Scottish Leaving Certificate Examination, 1955
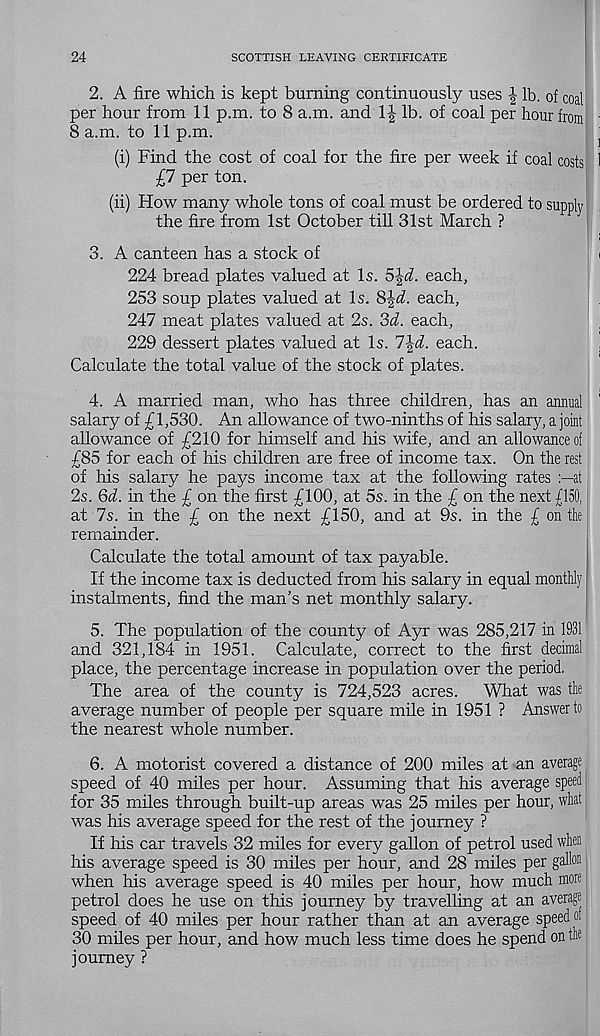
24
SCOTTISH LEAVING CERTIFICATE
2. A fire which is kept burning continuously uses | lb. of coal
per hour from 11 p.m. to 8 a.m. and 1| lb. of coal per hour from
8 a.m. to 11 p.m.
]
(i) Find the cost of coal for the fire per week if coal costs 1
£7 per ton.
(ii) How many whole tons of coal must be ordered to supply
the fire from 1st October till 31st March ?
3. A canteen has a stock of
i
224 bread plates valued at Is. 5^d. each,
253 soup plates valued at Is. 8|d. each,
247 meat plates valued at 2s. 3d. each,
229 dessert plates valued at Is. 7^d. each.
Calculate the total value of the stock of plates.
4. A married man, who has three children, has an annual
salary of £1,530. An allowance of two-ninths of his salary, a joint
allowance of £210 for himself and his wife, and an allowance of
£85 for each of his children are free of income tax. On the rest
of his salary he pays income tax at the following rates at
2s. 6d. in the £ on the first £100, at 5s. in the £ on the next £150,
at 7s. in the £ on the next £150, and at 9s. in the £ on the
remainder.
Calculate the total amount of tax payable.
If the income tax is deducted from his salary in equal monthly
instalments, find the man’s net monthly salary.
5. The population of the county of Ayr was 285,217 in 1931
and 321,184 in 1951. Calculate, correct to the first decimal
place, the percentage increase in population over the period.
The area of the county is 724,523 acres. What was the
average number of people per square mile in 1951 ? Answer to
the nearest whole number.
6. A motorist covered a distance of 200 miles at an average
speed of 40 miles per hour. Assuming that his average speed
for 35 miles through built-up areas was 25 miles per hour, what
was his average speed for the rest of the journey ?
If his car travels 32 miles for every gallon of petrol used when
his average speed is 30 miles per hour, and 28 miles per gallon
when his average speed is 40 miles per hour, how much more
petrol does he use on this journey by travelling at an average
speed of 40 miles per hour rather than at an average speed oi
30 miles per hour, and how much less time does he spend on the
journey ?